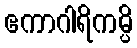
ဧကာဂါရိကမ္ပိ